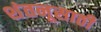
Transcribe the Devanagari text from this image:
शंतनूसाठी